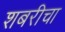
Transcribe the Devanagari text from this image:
शबरीचा